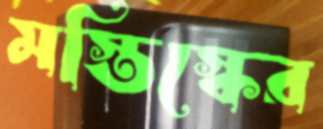
মস্তিস্কের